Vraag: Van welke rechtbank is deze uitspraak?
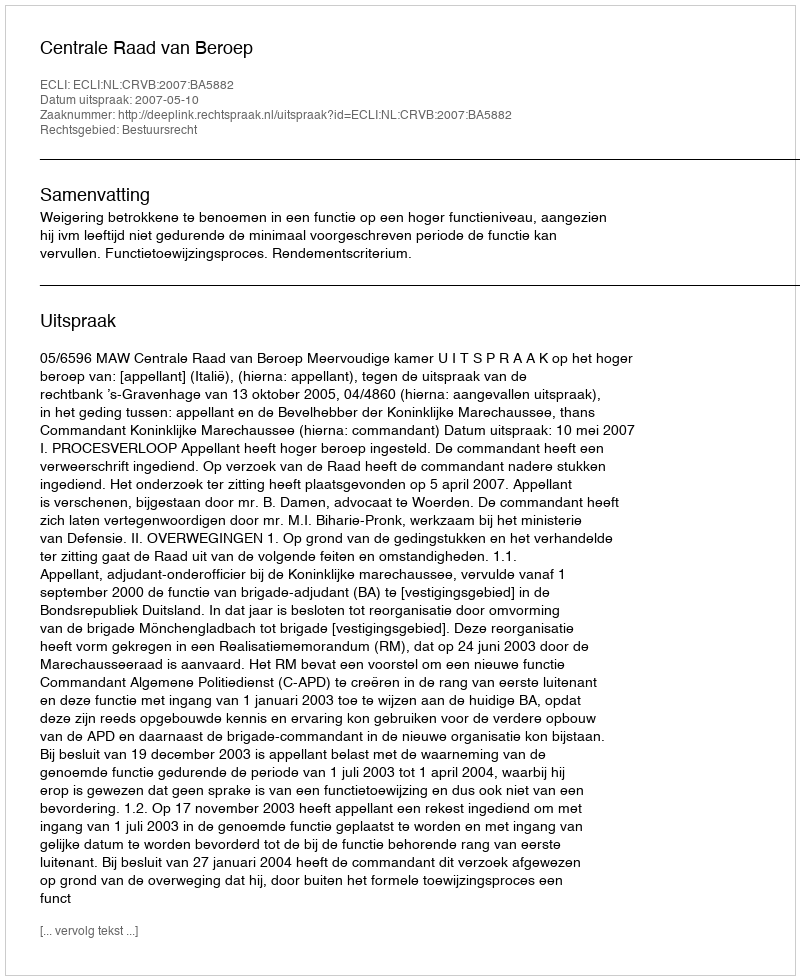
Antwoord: Centrale Raad van Beroep